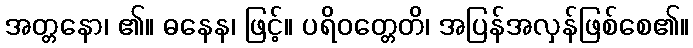
အတ္တနော၊ ၏။ ဓနေန၊ ဖြင့်။ ပရိဝတ္တေတိ၊ အပြန်အလှန်ဖြစ်စေ၏။